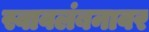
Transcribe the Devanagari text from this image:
स्वावलंबनावर